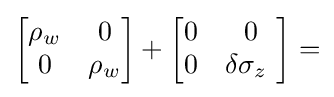
\left[{\begin{matrix}\rho _{w}&0\\0&\rho _{w}\\\end{matrix}}\right]+\left[{\begin{matrix}0&0\\0&\delta \sigma _{z}\ \\\end{matrix}}\right]=